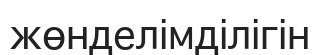
жөнделімділігін